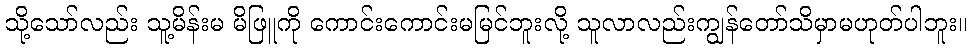
သို့သော်လည်း သူ့မိန်းမ မိဖြူကို ကောင်းကောင်းမမြင်ဘူးလို့ သူလာလည်းကျွန်တော်သိမှာမဟုတ်ပါဘူး။